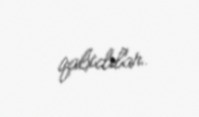
qalxdılar.